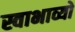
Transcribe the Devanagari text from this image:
स्वाभाव्यो